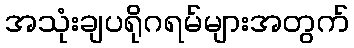
အသုံးချပရိုဂရမ်များအတွက်